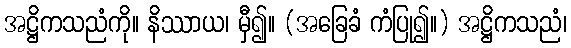
အဋ္ဌိကသညံကို။ နိဿာယ၊ မှီ၍။ (အခြေခံ ကံပြု၍။) အဋ္ဌိကသညံ၊